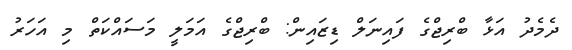
ދެމެދު އަޅާ ބްރިޖްގެ ފައިނަލް ޑިޒައިން: ބްރިޖްގެ އަމަލީ މަސައްކަތް މި އަހަރު